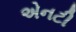
એનટી